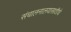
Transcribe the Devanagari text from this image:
संचालनालयासाठीचे